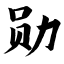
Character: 勋